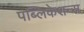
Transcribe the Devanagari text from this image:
पब्‍लिकेशन्‍स